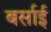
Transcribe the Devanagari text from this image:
बर्साई